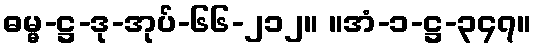
ဓမ္မ-ဋ္ဌ-ဒု-အုပ်-၆၆-၂၁၂။ ။အံ-၁-ဋ္ဌ-၃၄၇။